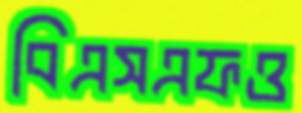
বিএসএফও